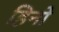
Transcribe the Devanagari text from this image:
हिनो